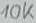
Text: 10k